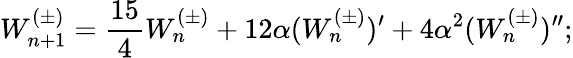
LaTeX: W_{n+1}^{(\pm)}=\frac{15}{4}W_{n}^{(\pm)}+12\alpha(W_{n}^{(\pm)})^{\prime}+4\alpha^{2}(W_{n}^{(\pm)})^{\prime\prime};